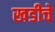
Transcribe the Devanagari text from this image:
खडीचे